Civil Veterinary Department. Central Provinces & Berar 1925-31 - 1925-1931
Year: 1925
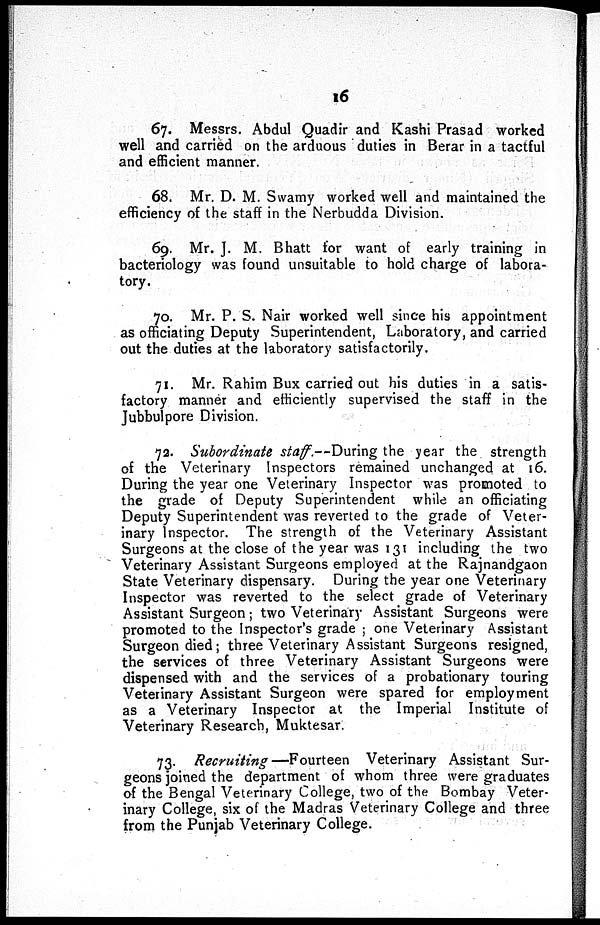
16
67. Messrs. Abdul Quadir and Kashi Prasad worked
well and carried on the arduous duties in Berar in a tactful
and efficient manner.
68. Mr. D. M. Swamy worked well and maintained the
efficiency of the staff in the Nerbudda Division.
69. Mr. J. M. Bhatt for want of early training in
bacteriology was found unsuitable to hold charge of labora-
tory.
70. Mr. P. S. Nair worked well since his appointment
as officiating Deputy Superintendent, Laboratory, and carried
out the duties at the laboratory satisfactorily.
71. Mr. Rahim Bux carried out his duties in a satis-
factory manner and efficiently supervised the staff in the
Jubbulpore Division.
72. Subordinate staff.—During the year the strength
of the Veterinary Inspectors remained unchanged at 16.
During the year one Veterinary Inspector was promoted to
the grade of Deputy Superintendent while an officiating
Deputy Superintendent was reverted to the grade of Veter-
inary Inspector. The strength of the Veterinary Assistant
Surgeons at the close of the year was 131 including the two
Veterinary Assistant Surgeons employed at the Rajnandgaon
State Veterinary dispensary. During the year one Veterinary
Inspector was reverted to the select grade of Veterinary
Assistant Surgeon; two Veterinary Assistant Surgeons were
promoted to the Inspector's grade ; one Veterinary Assistant
Surgeon died; three Veterinary Assistant Surgeons resigned,
the services of three Veterinary Assistant Surgeons were
dispensed with and the services of a probationary touring
Veterinary Assistant Surgeon were spared for employment
as a Veterinary Inspector at the Imperial Institute of
Veterinary Research, Muktesar.
73. Recruiting—Fourteen Veterinary Assistant Sur-
geons joined the department of whom three were graduates
of the Bengal Veterinary College, two of the Bombay Veter-
inary College, six of the Madras Veterinary College and three
from the Punjab Veterinary College.